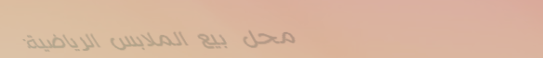
محل بيع الملابس الرياضية: